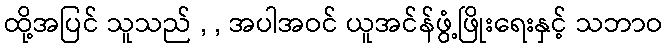
ထို့အပြင် သူသည် , , အပါအဝင် ယူအင်န်ဖွံ့ဖြိုးရေးနှင့် သဘာဝ